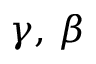
\gamma , \, \beta